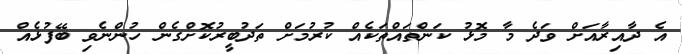
އެ ދާއިރާއަށް ވަދެ މާ މޮޅު ކަންތައްތަކެއް ކުރުމަށް ތަދުބީރުކޮށްގެން ހުންނެވި ބޭފުޅެއް